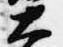
大